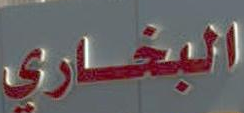
البخاري